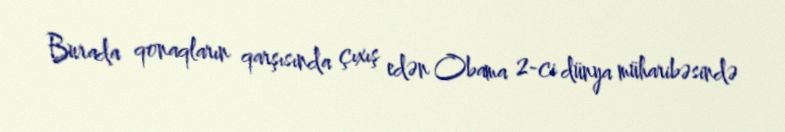
Burada qonaqların qarşısında çıxış edən Obama 2-ci dünya müharibəsində